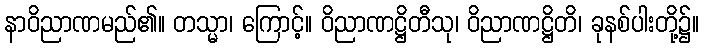
နာဝိညာဏမည်၏။ တသ္မာ၊ ကြောင့်။ ဝိညာဏဋ္ဌိတီသု၊ ဝိညာဏဋ္ဌိတိ၊ ခုနစ်ပါးတို့၌။